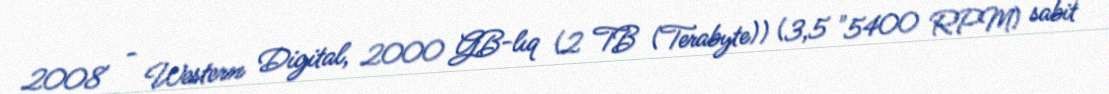
2008 - Western Digital, 2000 GB-lıq (2 TB (Terabyte)) (3,5 "5400 RPM) sabit